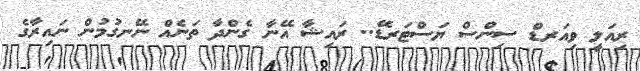
ރިއަލީ ވިއަރޑް ސިންސް ޔަސްޓަރޑޭ.. ރައިޝާ އޭނާ ގެންދާ ތަނެއް ނޭނގުމުން ނައިރާގެ